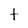
Character: t